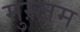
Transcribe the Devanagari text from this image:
मुस्लम